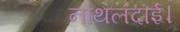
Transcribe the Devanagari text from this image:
नाथलदाई।